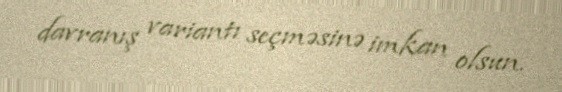
davranış variantı seçməsinə imkan olsun.